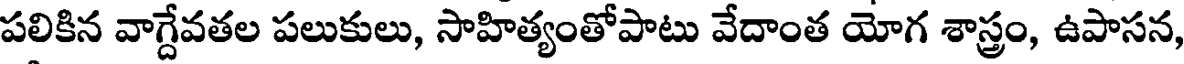
పలికిన వాగ్దేవతల పలుకులు, సాహిత్యంతోపాటు వేదాంత యోగ శాస్త్రం, ఉపాసన,